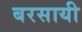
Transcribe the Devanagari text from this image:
बरसायी